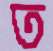
ত